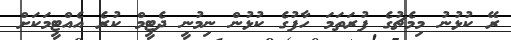
ރޭ ކުޅުނު މިމެޗުގެ ފުރަތަމަ ހާފުގެ ކުޅުން ނިމުނީ ދެޓީމް ކުރެ އެއްޓީމަކަށް